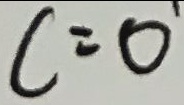
c = 0 ^ { \prime }